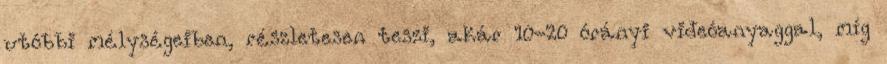
utóbbi mélységeiben, részletesen teszi, akár 10-20 órányi videóanyaggal, míg